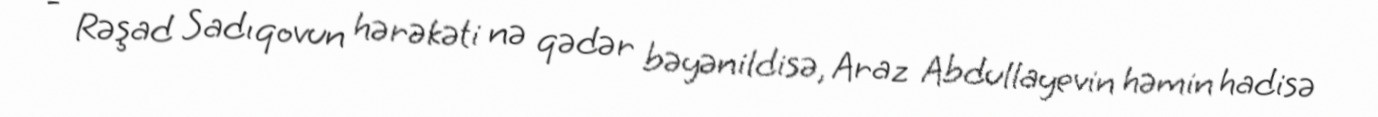
- Rəşad Sadıqovun hərəkəti nə qədər bəyənildisə, Araz Abdullayevin həmin hadisə